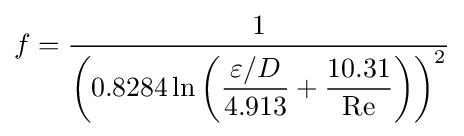
f={\frac {1}{\left(0.8284\ln \left({\dfrac {\varepsilon /D}{4.913}}+{\dfrac {10.31}{\mathrm {Re} }}\right)\right)^{2}}}